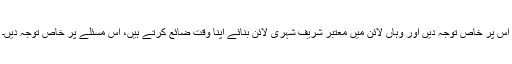
اس پر خاص توجہ دیں اور وہاں لائن میں معتبر شریف شہری لائن بنائے اپنا وقت ضائع کرتے ہیں، اس مسئلے پر خاص توجہ دیں۔